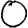
Digit: 0